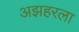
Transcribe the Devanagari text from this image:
अझहरला